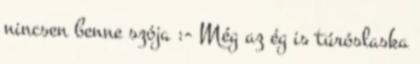
nincsen benne szója :- Még az ég is túróslaska